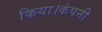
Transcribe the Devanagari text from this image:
किया।कंपनी